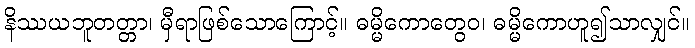
နိဿယဘူတတ္တာ၊ မှီရာဖြစ်သောကြောင့်။ ဓမ္မိကောတွေဝ၊ ဓမ္မိကောဟူ၍သာလျှင်။